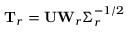
\mathbf { T } _ { r } = \mathbf { U } \mathbf { W } _ { r } \boldsymbol { \Sigma } _ { r } ^ { - 1 / 2 }